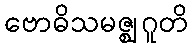
ဗောဓိသမဇ္ဈဂူတိ